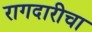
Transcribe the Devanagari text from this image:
रागदारीचा